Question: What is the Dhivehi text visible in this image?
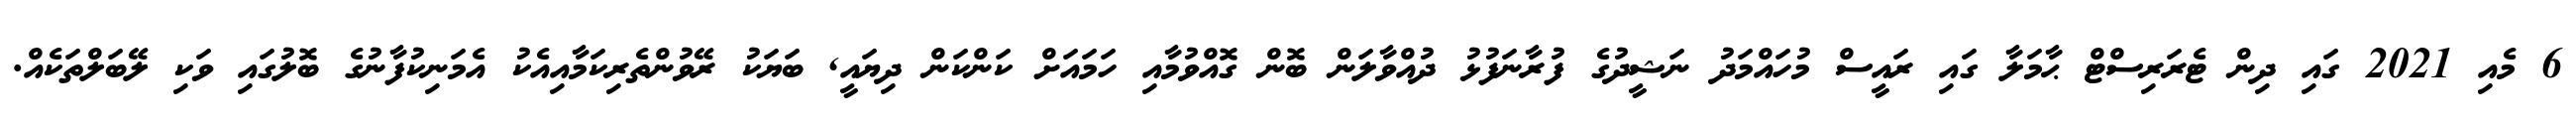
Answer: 6 މެއި 2021 ގައި ދިން ޓެރަރިސްޓް ޙާމަލާ ގައި ރައީސް މުހައްމަދު ނަޝީދުގެ ފުރާނަފުޅު ދުއްވާލަން ބޮން ގޮއްވުމާއި ހަމައަށް ކަންކަން ދިޔައީ, ބަޔަކު ރޭވުންތެރިކަމާއިއެކު އެމަނިކުފާނުގެ ބޮލުގައި ވަކި ލޭބަލްތަކެއް.